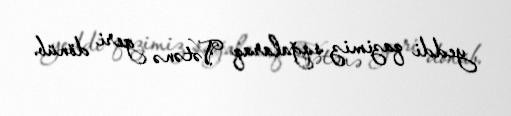
yeddi qazimiz sağalaraq Vətənə geri dönüb.